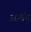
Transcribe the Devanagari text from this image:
आवंदू